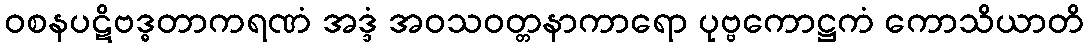
ဝစနပဋိဗဒ္ဓတာကရဏံ အဒ္ဒံ အဝသဝတ္တနာကာရော ပုဗ္ဗကောဋ္ဌကံ ကောသိယာတိ